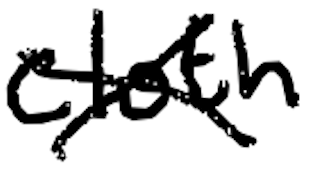
Text: cloth
Cross-out: cross
Writing tool: digital_black